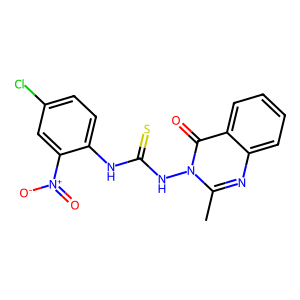
SMILES: Cc1nc2ccccc2c(=O)n1NC(=S)Nc1ccc(Cl)cc1[N+](=O)[O-]
Inhibits HIV replication: No